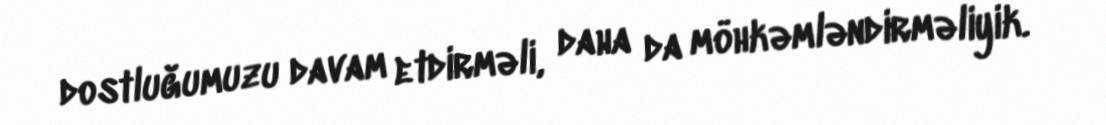
dostluğumuzu davam etdirməli, daha da möhkəmləndirməliyik.